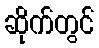
ဆိုက်တွင်